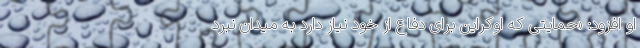
او افزود: «حمایتی که اوکراین برای دفاع از خود نیاز دارد به میدان نبرد